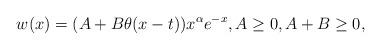
LaTeX: \begin{align*}w(x)=(A+B\theta(x-t))x^\alpha e^{-x},A\geq0,A+B\geq0,\end{align*}